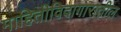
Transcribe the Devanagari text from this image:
माहितीविदागारातील